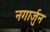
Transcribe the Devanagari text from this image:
नगार्जुन